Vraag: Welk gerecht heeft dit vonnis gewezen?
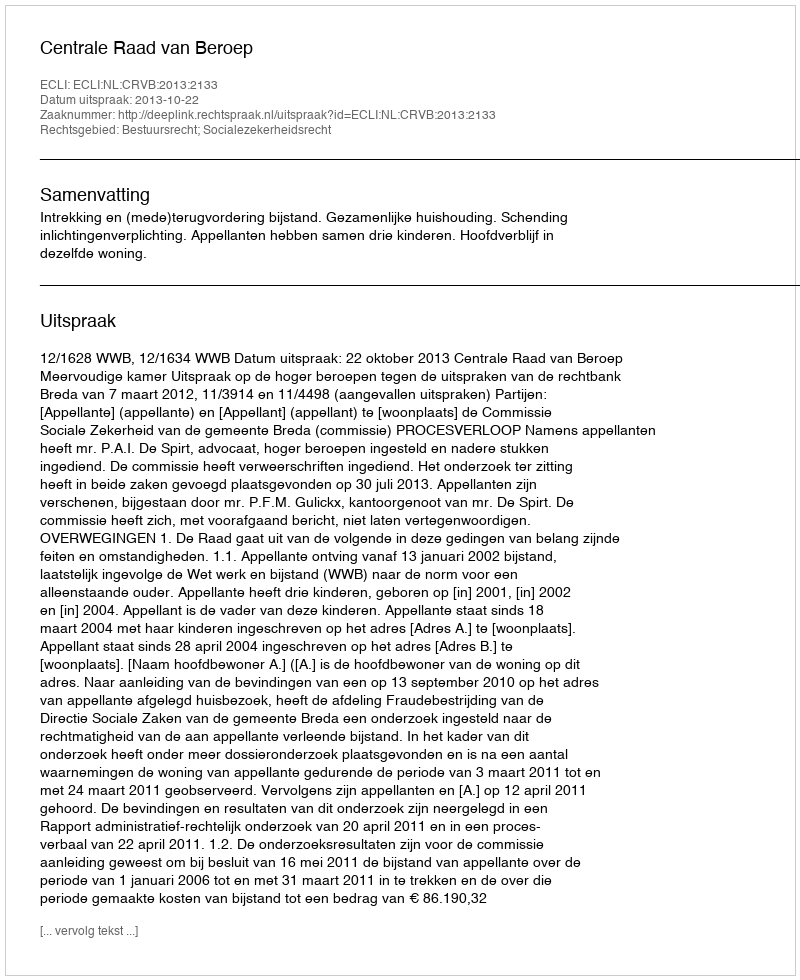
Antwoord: Centrale Raad van Beroep